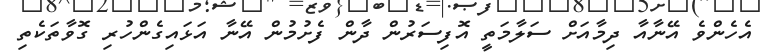
އެހެންވެ އޭނާއާ ދިމާއަށް ސަލާމަތީ އޮފިސަރުން ދާން ފެށުމުން އޭނާ އަޅައިގެންހުރި ގޮވާތަކެތި